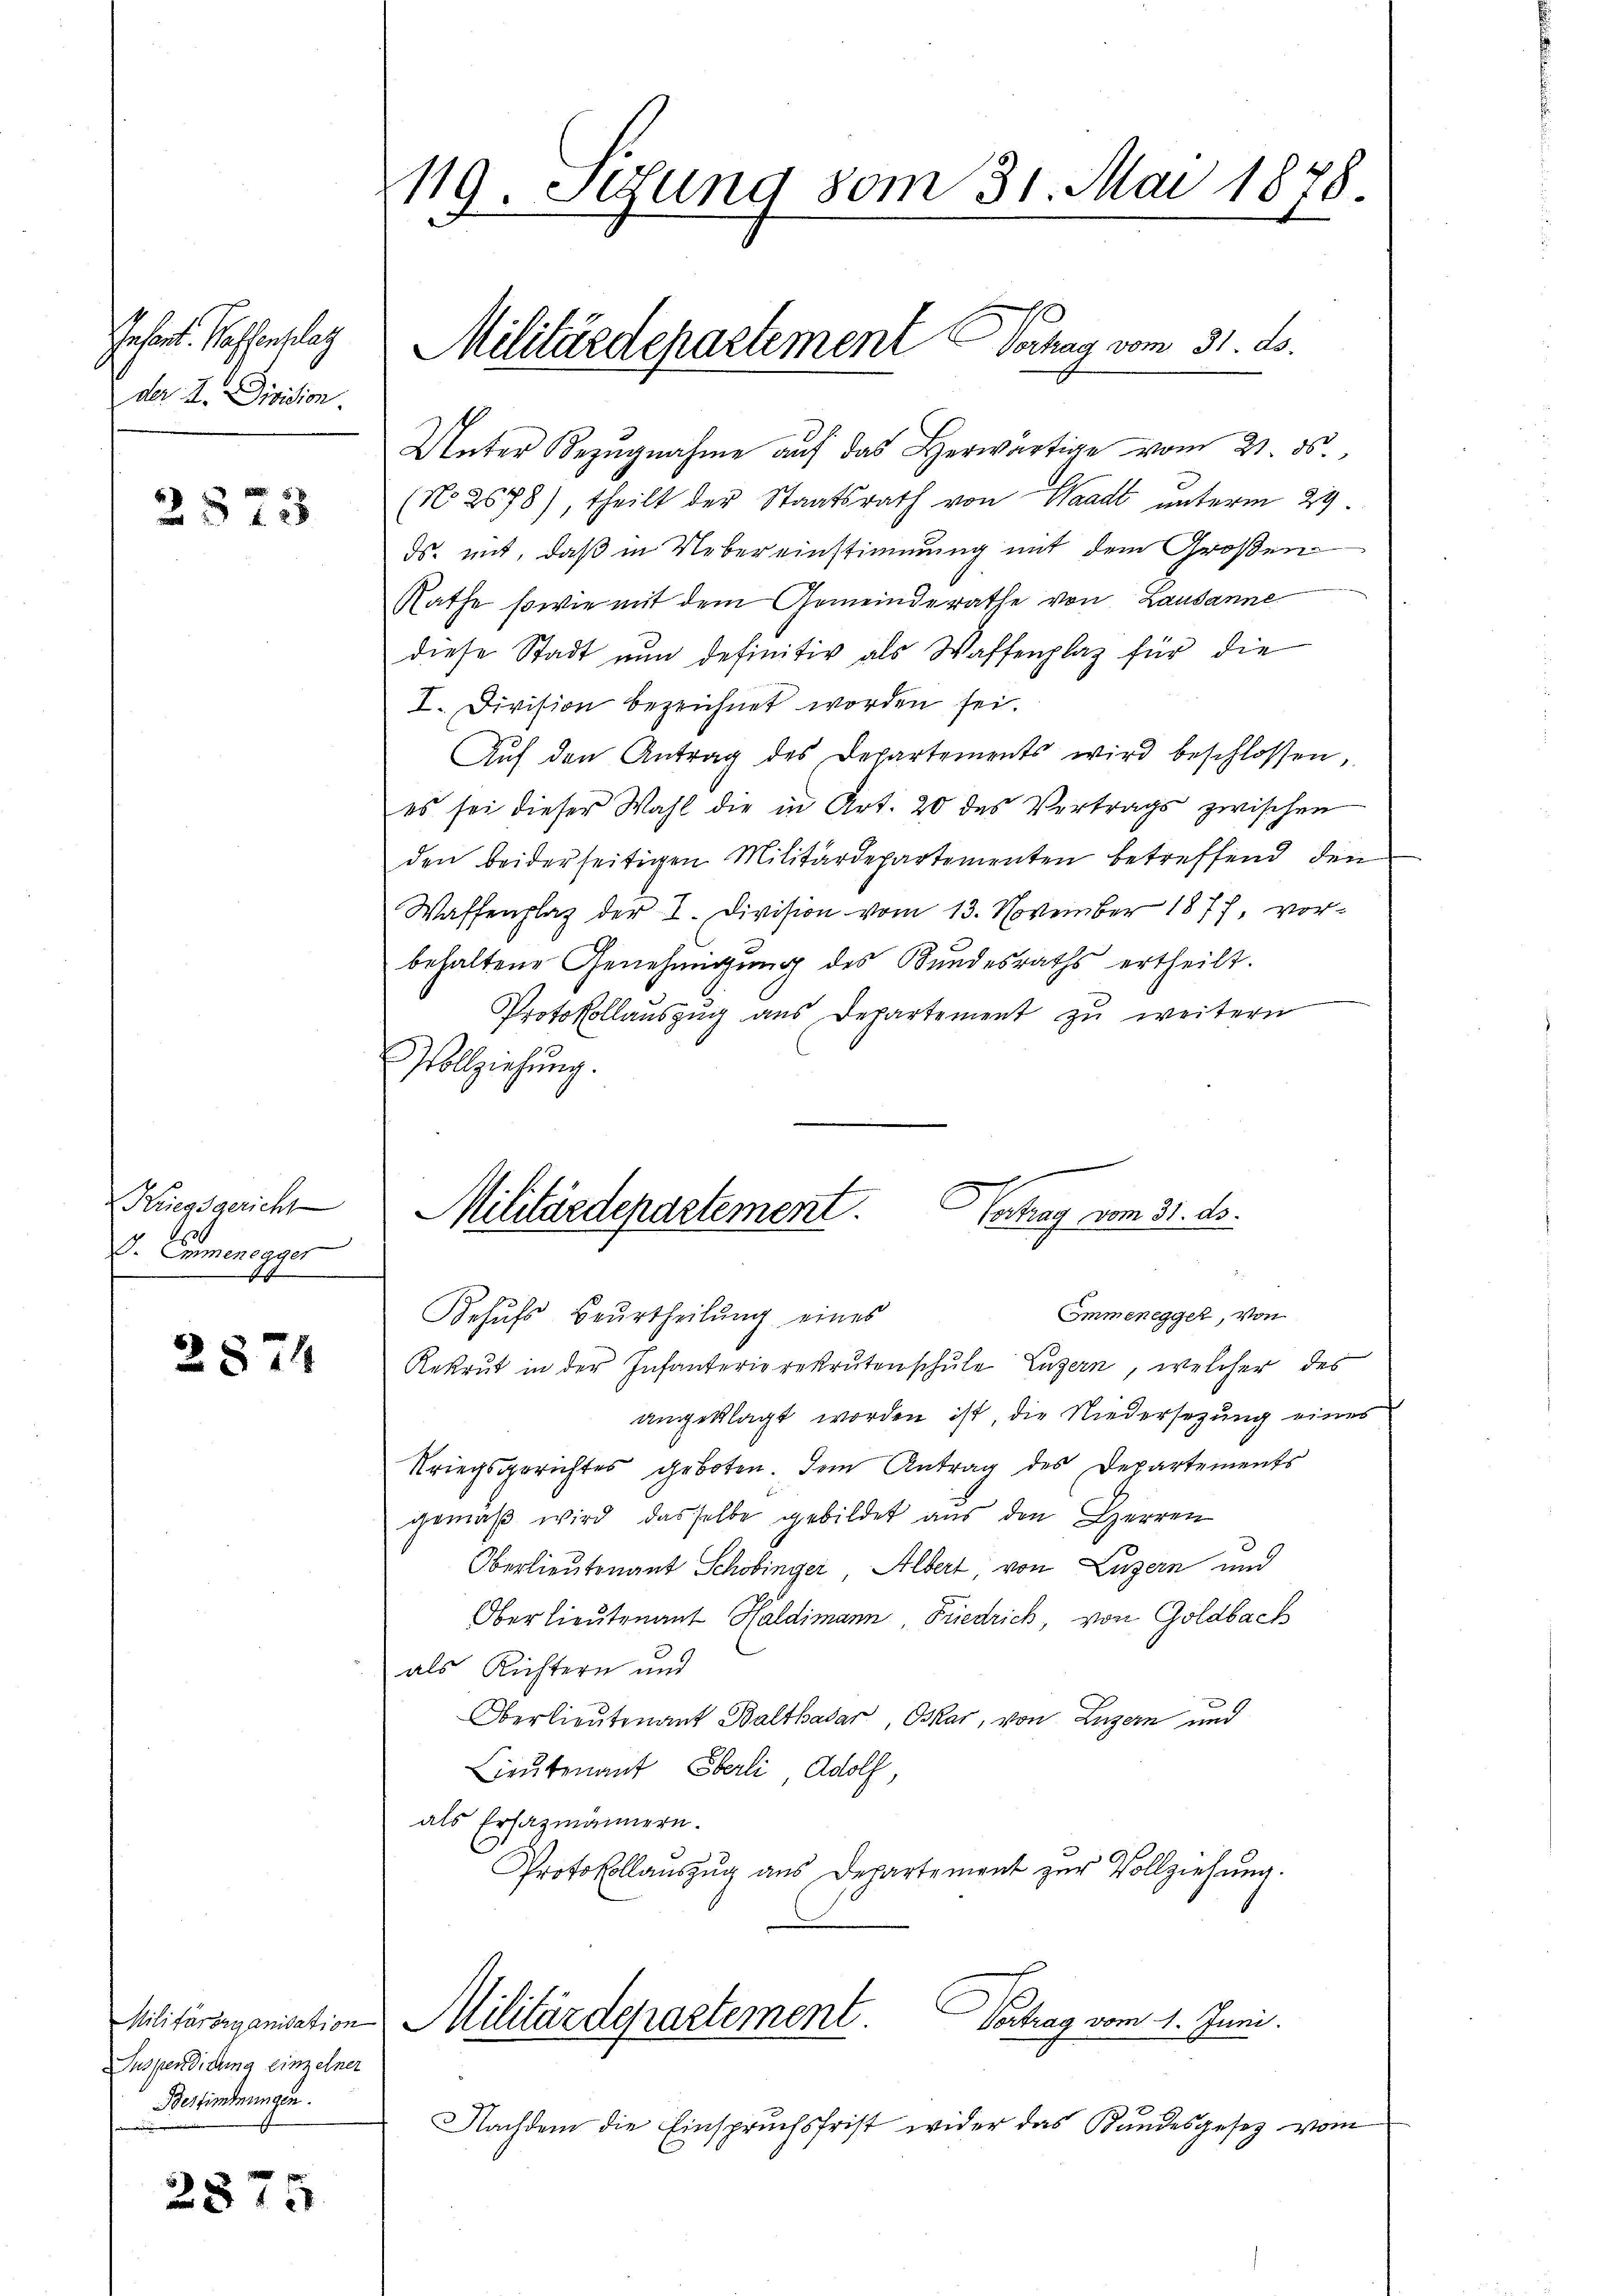
Jahant. Waffenslag
der I. Division.

2873

Kriegsgericht
E. Emmenegger

2874

Suspendigung einzelner
Bestimmungen.

2875

119. Setzung vom 31. Mai 1878.

s
Unter Bezŭgnahme aŭf das Herwärtige vom 21. ds.,
(No. 2678), theilt der Staatsrath von Waadt unterm 29.
ds. mit, daß in Uebereinstimmung mit dem Großen
Rathe sowie mit dem Gemeinderathe von Lausanne
diese Stadt nŭn definitiv als Waffenplatz für die
I. Division bezeichnet worden sei.
Aŭf den Antrag des Departements wird beschlossen,
es sei dieser Wahl die in Art. 20 des Vertrags zwischen
den beiderseitigen Militärdepartementen betreffend den
Waffenplaz der I. Division vom 13. November 1877, vorbehaltene Genehmigung des Bundesraths ertheilt.
Protokollauszug aus Departement zu weitern
Vollziehung.
Emmenegger, von
Behufs Beurtheilung eines
Rekrut in der Infanterierekrutenschule Luzern, welcher des
angeklagt worden ist, die Niedersezung eines
Kriegsgerichtes geboten. Dem Antrag des Departements
gemäß wird, dasselbe gebildet aus den Herren
Oberlieutenant Schobinger, Albert, von Luzern und
Oberlieutenant Haldimann Friedrich von Goldbach
als Richtern und
Oberlieutenant Balthasar, Oskar, von Luzern und
Lieutenant Oberli, Adolf,
als Ersatzmännern.
Protokollauszug aus Departement zur Vollziehung.
Militärorganisation Militärdepartement. Vortrag vom 1. Juni.
Nachdem die Einspruchsfrist wider das Kundesgesetz vom

Militärdepartement Verhag vom 31. ds.

Militärdepartement.
Vertrag vom 31. ds.